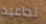
تجاعيد